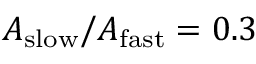
A _ { \mathrm { s l o w } } / A _ { \mathrm { f a s t } } = 0 . 3